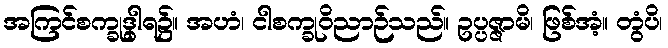
အကြင်စက္ခုဒွါရ၌။ အဟံ၊ ငါစက္ခုဝိညာဉ်သည်။ ဥပ္ပဇ္ဇာမိ၊ ဖြစ်အံ့။ တွံပိ၊